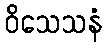
ဝိသေသနံ